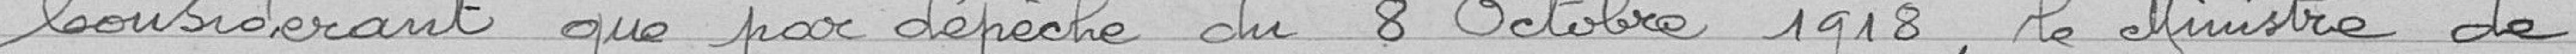
Considérant que par dépêche du 8 octobre 1910, le Ministre de